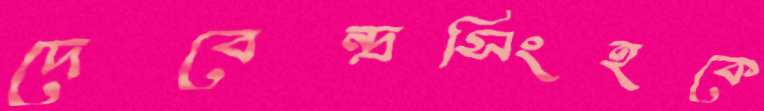
দেবেন্দ্রসিংহকে